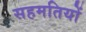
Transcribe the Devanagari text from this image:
सहमतियों